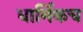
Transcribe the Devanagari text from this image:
धार्मिकच